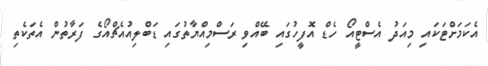
އެކަމަށްޓަަކައި މިއަދު އެސްޓީއޯ ހެޑް އޮފީހުގައި ބޭއްވި ރަސްމިއްޔާތުގައި ޑަބްލިއުއެޗްއޯގެ ފަރާތުން އެތަކެތި